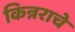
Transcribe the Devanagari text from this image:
किन्नराचे